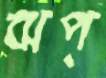
ঝপ্‌